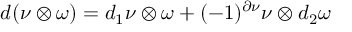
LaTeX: d ( \nu \otimes \omega ) = d _ { 1 } \nu \otimes \omega + ( - 1 ) ^ { \partial \nu } \nu \otimes d _ { 2 } \omega